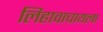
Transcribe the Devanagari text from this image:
लिहावाचायला